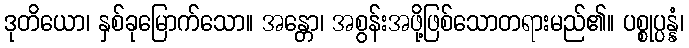
ဒုတိယော၊ နှစ်ခုမြောက်သော။ အန္တော၊ အစွန်းအဖို့ဖြစ်သောတရားမည်၏။ ပစ္စုပ္ပန္နံ၊